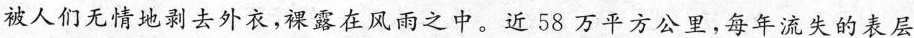
被人们无情地剥去外衣，裸露在风雨之中。近58万平方公里，每年流失的表层